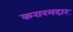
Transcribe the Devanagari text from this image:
करारमदार